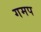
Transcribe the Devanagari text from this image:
गमप